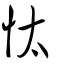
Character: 忲